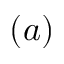
( a )